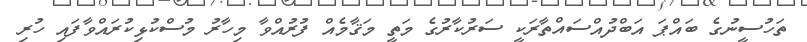
ތަހުސީނުގެ ބައްޕަ އަބްދުއްސައްތާރަކީ ސަރުކާރުގެ މަތީ މަޤާމެއް ފުރުއްވާ މިހާރު މުސްކުޅިކުރައްވާފައި ހުރި